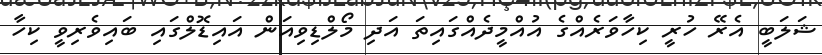
ޝަލަބީ އެރޭ ހުރީ ކިހާވަރެއްގެ އުއްމީދެއްގައިތަ އަދި މޯލްޑިވިއަން އައިޑޮލްގައި ބައިވެރިވީ ކިހާ